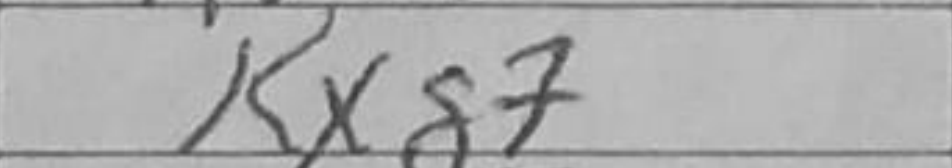
Transcription: Kxg7